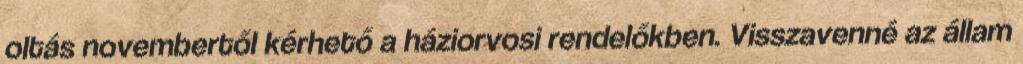
oltás novembertől kérhető a háziorvosi rendelőkben. Visszavenné az állam